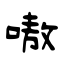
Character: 嗷